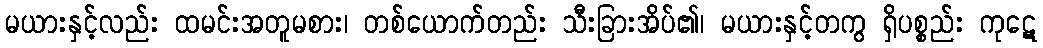
မယားနှင့်လည်း ထမင်းအတူမစား၊ တစ်ယောက်တည်း သီးခြားအိပ်၏၊ မယားနှင့်တကွ ရှိပစ္စည်း ကုဋေ